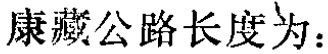
康藏公路长度为：